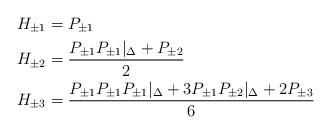
LaTeX: \begin{align*}&H_{\pm 1} = P_{\pm 1} \\&H_{\pm 2} = \frac {P_{\pm 1} P_{\pm 1} |_\Delta + P_{\pm 2}}2 \\&H_{\pm 3} = \frac {P_{\pm 1} P_{\pm 1} P_{\pm 1}|_\Delta + 3P_{\pm 1} P_{\pm 2} |_\Delta + 2 P_{\pm 3}}6 \end{align*}